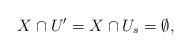
LaTeX: \begin{align*}X \cap U' = X \cap U_s = \emptyset , \end{align*}